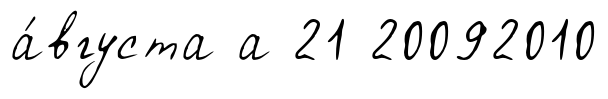
а́вгуста а 21 20092010